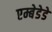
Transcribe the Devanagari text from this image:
एम्बेडेडे